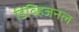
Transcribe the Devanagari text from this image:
डिव्हिजनल